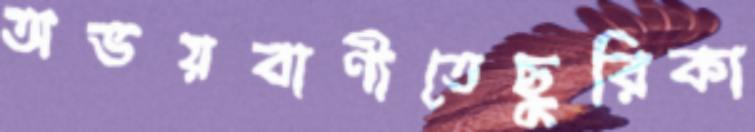
অভয়বাণীতেছুরিকা